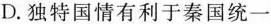
D.独特国情有利于秦国统一